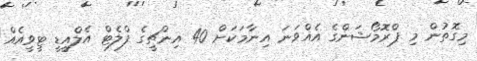
މިގޮތުން މި ޕްރޮމޯޝަންގެ އެއްވަނަ އިނާމަކަށް 40 އިންޗީގެ ފްލެޓް އެލްއީޑީ ޓީވީއެއް